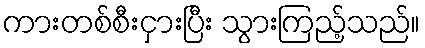
ကားတစ်စီးငှားပြီး သွားကြည့်သည်။